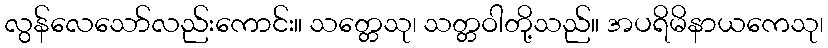
လွန်လေသော်လည်းကောင်း။ သတ္တေသု၊ သတ္တဝါတို့သည်။ အပရိမိနာယကေသု၊